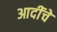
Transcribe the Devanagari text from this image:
आदींंचे